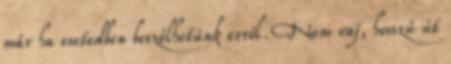
már ha esetedben beszélhetünk erről. Nem vaj, hosszú út